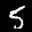
Label: 5